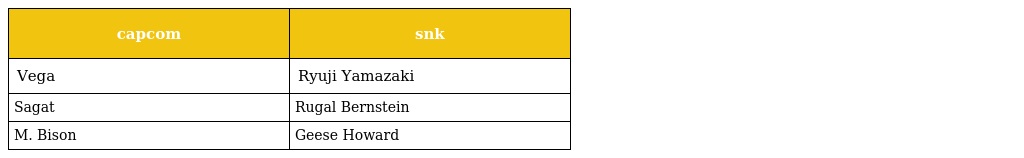
| capcom | snk |
 | --- | --- |
 | Vega | Ryuji Yamazaki |
 | Sagat | Rugal Bernstein |
 | M. Bison | Geese Howard |